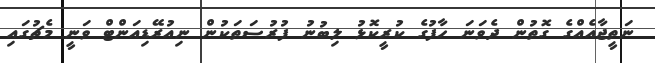
ނަތީޖާއެއްގެ ގޮތުން ދެވަނަ ހާފުގެ ކުރީކޮޅު ލިބުނު ފުރުސަތަކުން ނިއުރޭޑިއަންޓް ވަނީ މެޗުގައި